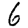
Digit: 6